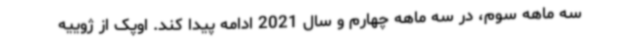
سه ماهه سوم، در سه ماهه چهارم و سال 2021 ادامه پیدا کند. اوپک از ژوییه